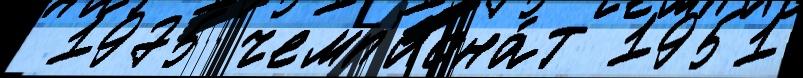
 1975 чемп'иона́т 1951